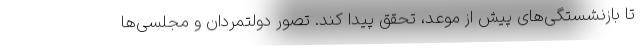
تا بازنشستگی‌های پیش از موعد، تحقق پیدا کند. تصور دولتمردان و مجلسی‌ها